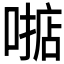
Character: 𫫓